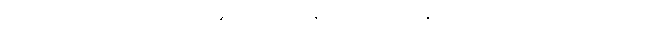
အမှုကို ဖြစ်စေခြင်းလက္ခဏာရှိ၏။ သမ္မာအာဇီဝေါ၊ သမ္မာအာဇီဝသည်။ သမ္မာဝေါဒါနလက္ခဏော၊